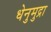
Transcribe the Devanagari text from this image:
धेनुमुद्रा